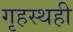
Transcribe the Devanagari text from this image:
गृहस्थही